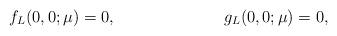
LaTeX: \begin{align*}f_L(0,0;\mu) &= 0, & g_L(0,0;\mu) &= 0,\end{align*}